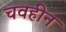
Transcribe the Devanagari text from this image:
चवहीन